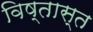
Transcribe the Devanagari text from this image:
विष्तास्त